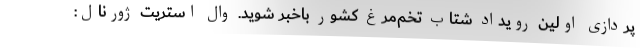
پردازی اولین رویداد شتاب تخم‌مرغ کشور باخبر شوید. وال استریت ژورنال: